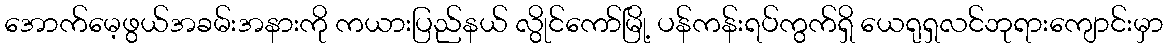
အောက်မေ့ဖွယ်အခမ်းအနားကို ကယားပြည်နယ် လွိုင်ကော်မြို့ ပန်ကန်းရပ်ကွက်ရှိ ယေရုရှလင်ဘုရားကျောင်းမှာ